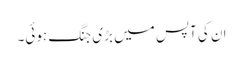
ان کی آپس میں بڑی جنگ ہوئی۔